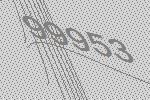
99953